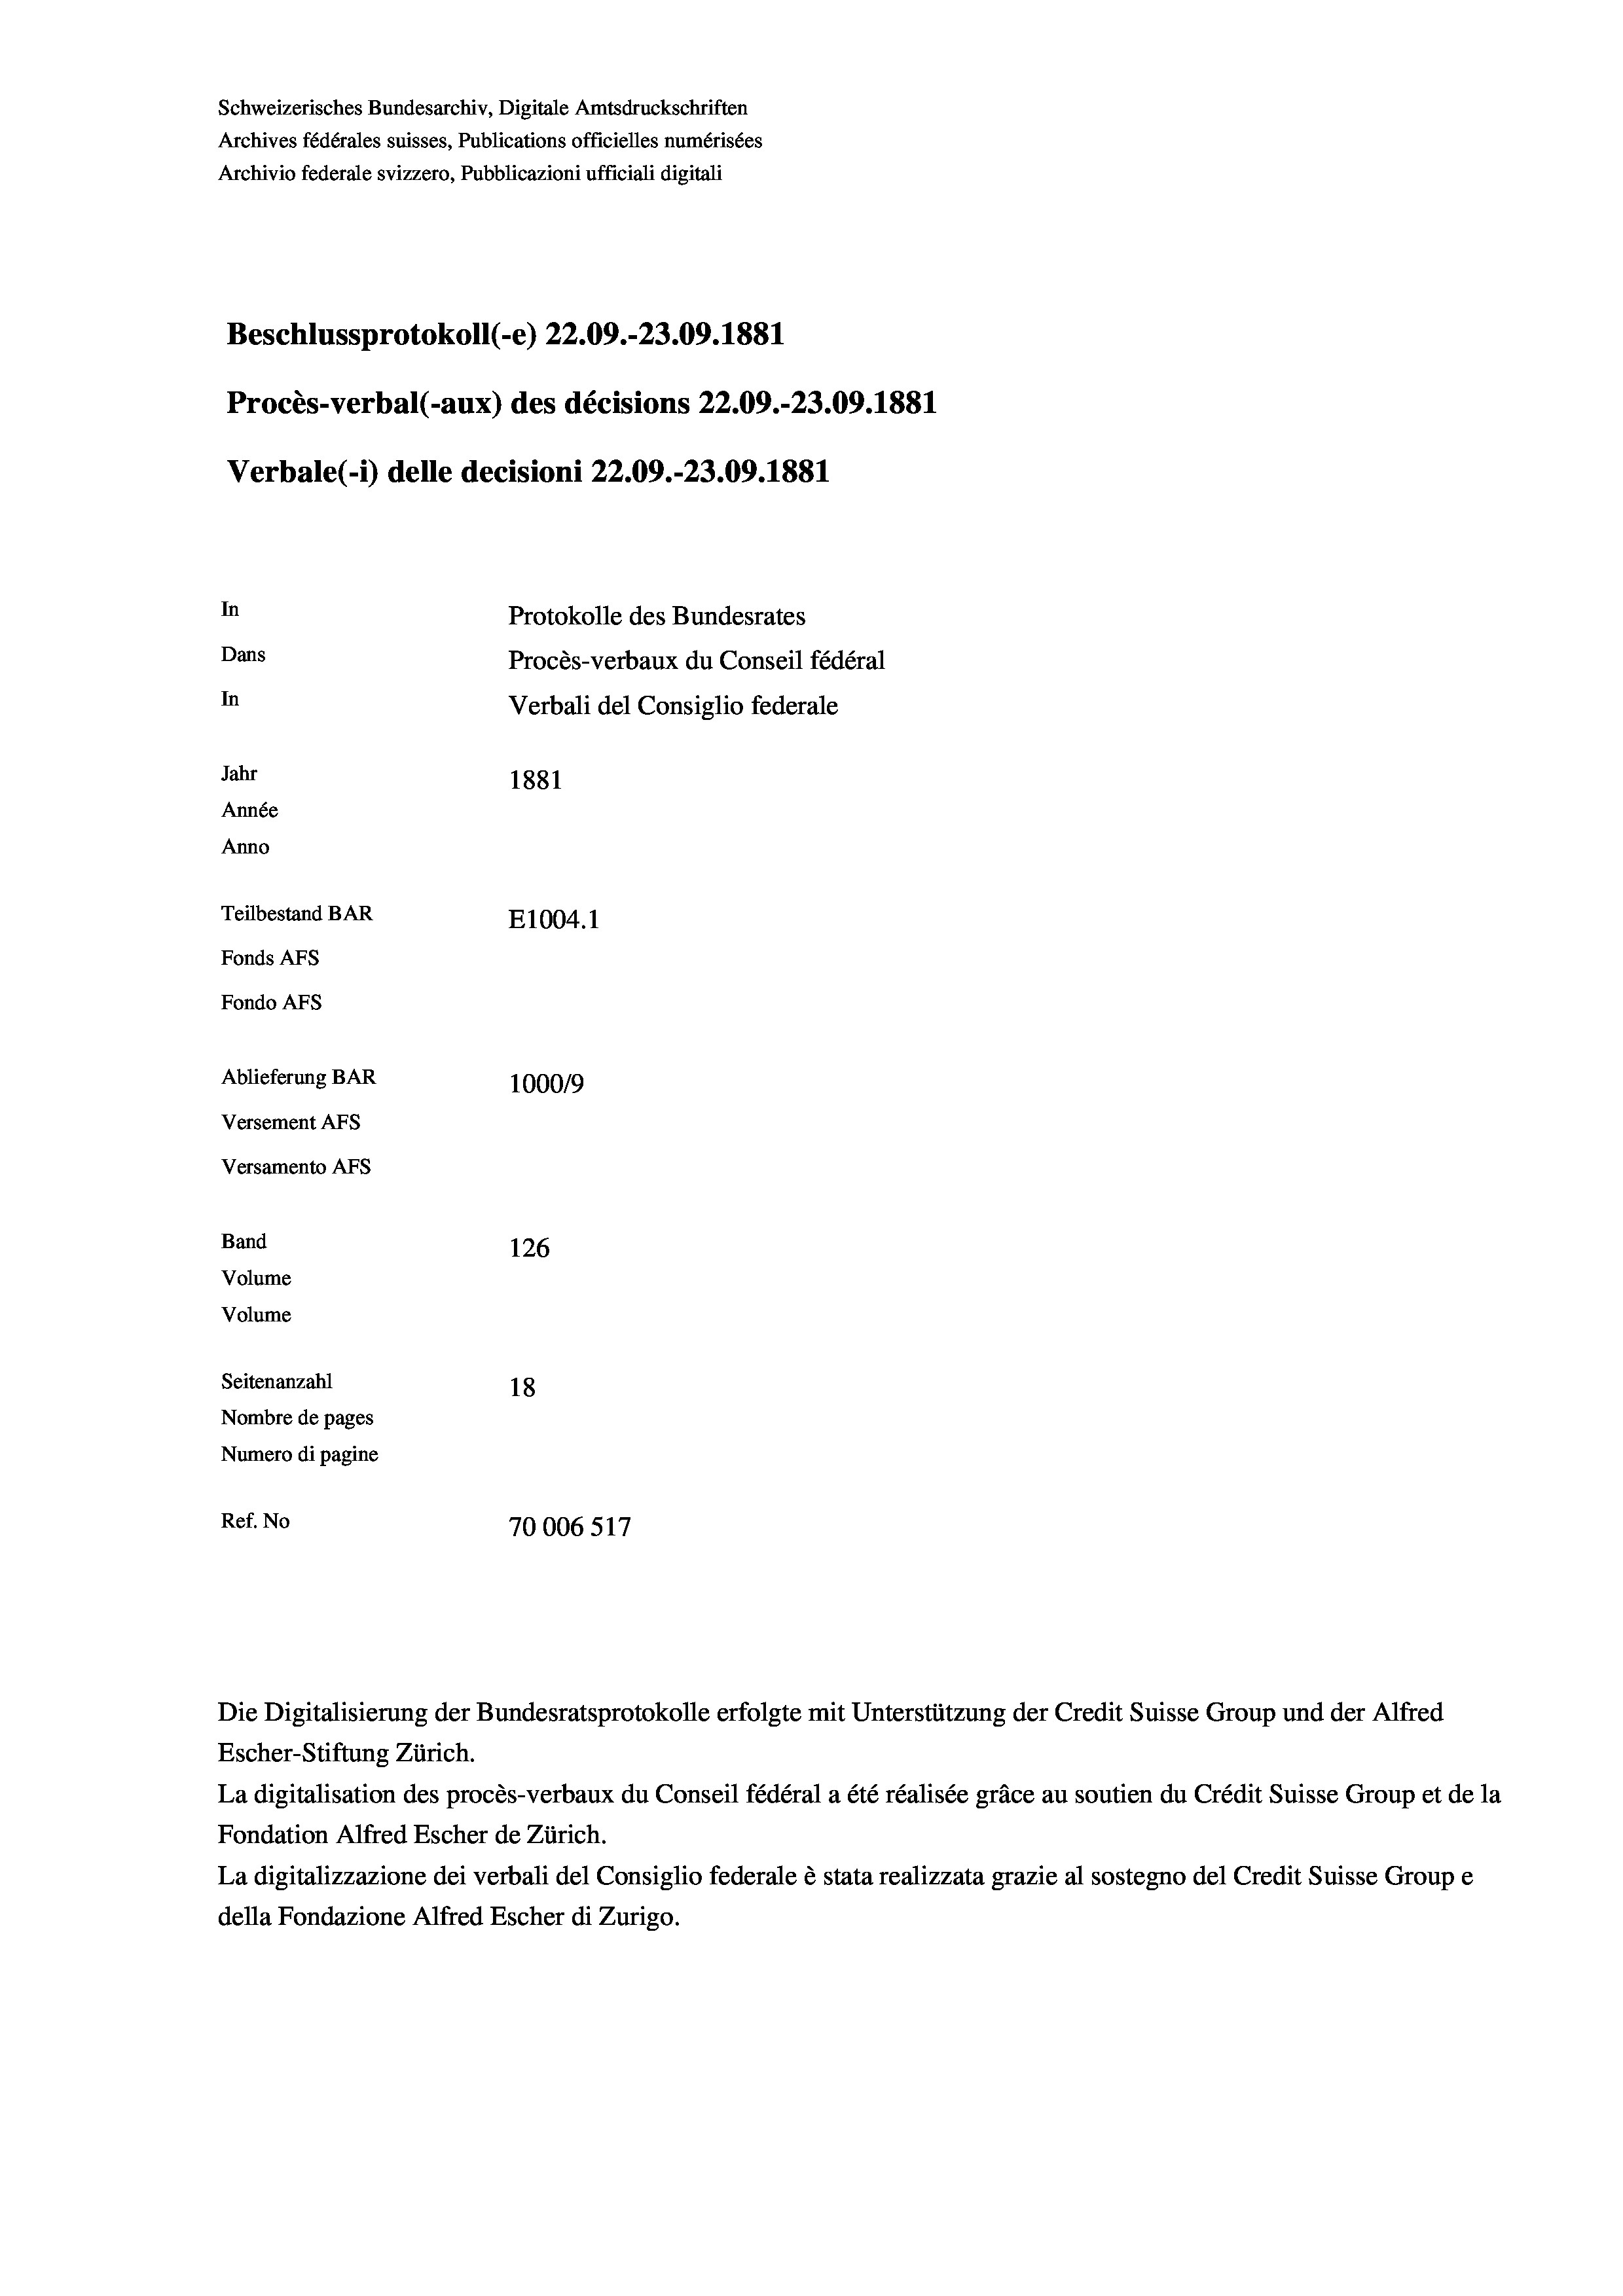
Schweizerisches Bundesarchiv, Digitale Amtsdruckschriften
Archives fédérales suisses, Publications officielles numérisées
Archivio federale svizzero, Pubblicazioni ufficiali digitali
Beschlussprotokoll (e) 22.09.-23.09. 1881
Procès-verbal (-aux) des décisions 22.09.-23.09. 1881
Verbale (1) delle decisioni 22.09.-23.09. 1881
In
Protokolle des Bundesrates
Dans
Procès-verbaux du Conseil fédéral
In
Verbali del Consiglio federale
Jahr
1881
Année
Anno
Teilbestand BAR
E1004. 1
Fonds AFs
Fondo Afs
Ablieferung BAR
100019
Versement AFs
Versamento AFS
Band
126
Volume
Volume
Seitenanzahl
18
Nombre de pages
Numero di pagine
Ref. No
70006 517

Die Digitalisierung der Bundesratsprotokolle erfolgte mit Unterstützung der Credit Suisse Group und der Alfred

Escher-Stiftung Zürich.
La digitalisation des procès-verbaux du Conseil fédéral a été réalisée gräce au soutien du Crédit Suisse Group et de la
Fondation Alfred Escher de Zürich.
La digitalizzazione dei verbali del Consiglio federale è stata realizzata grazie al sostegno del Credit Suisse Groupe
della Fondazione Alfred Escher di Zurigo.